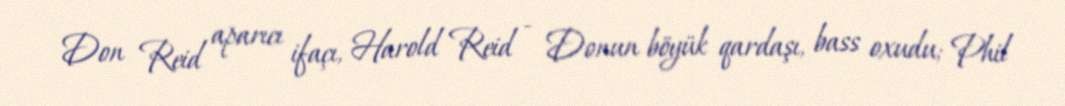
Don Reid aparıcı ifaçı, Harold Reid - Donun böyük qardaşı, bass oxudu; Phil